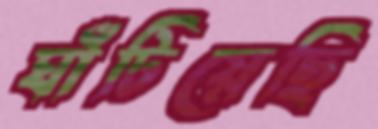
ঘাঁটিয়েছি